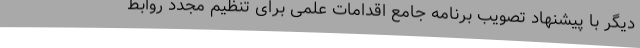
دیگر با پیشنهاد تصویب برنامه جامع اقدامات علمی برای تنظیم مجدد روابط